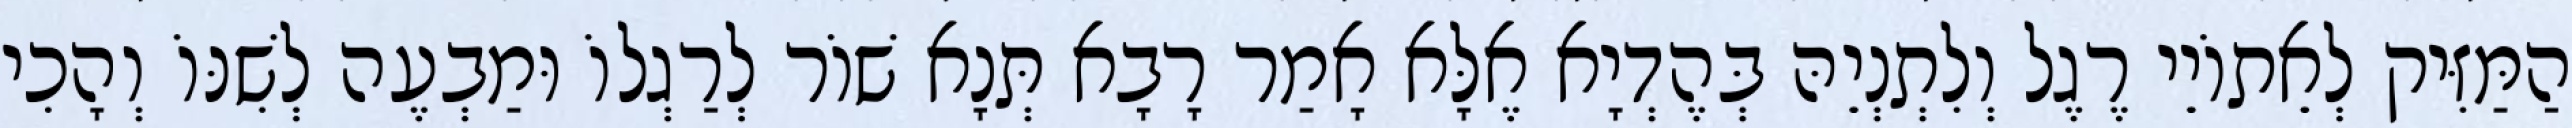
הַמַּזִּיק לְאֵתוֹיֵי רֶגֶל וְלִתְנְיֵהּ בְּהֶדְיָא אֶלָּא אָמַר רָבָא תְּנָא שׁוֹר לְרַגְלוֹ וּמַבְעֶה לְשִׁנּוֹ וְהָכִי